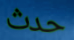
حدث